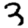
Digit: 3